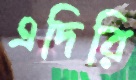
এদিরি